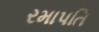
રમાપતિ